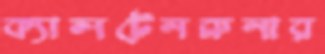
ক্যালটেনব্রুনার